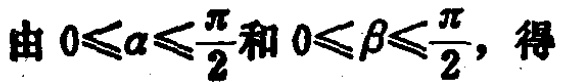
由 \(0\leqslant\alpha\leqslant\frac{\pi}{2}\)和 \(0\leqslant\beta\leqslant\frac{\pi}{2}\)，得